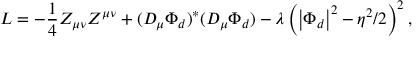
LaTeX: { \cal L } = - \frac 1 4 Z _ { \mu \nu } Z ^ { \mu \nu } + ( D _ { \mu } \Phi _ { d } ) ^ { * } ( D _ { \mu } \Phi _ { d } ) - \lambda \left( \left| \Phi _ { d } \right| ^ { 2 } - \eta ^ { 2 } / 2 \right) ^ { 2 } ,